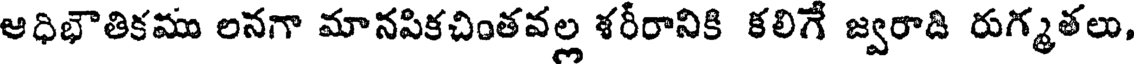
ఆధిభౌతికము లనగా మానపికచింతవల్ల శరీరానికి కలిగే జ్వరాడి రుగ్మళలు,